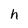
Character: h